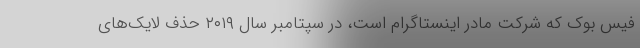
فیس بوک که شرکت مادر اینستاگرام است، در سپتامبر سال ۲۰۱۹ حذف لایک‌های